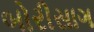
બોરીસાગ